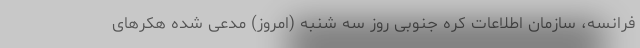
فرانسه، سازمان اطلاعات کره جنوبی روز سه شنبه (امروز) مدعی شده هکرهای